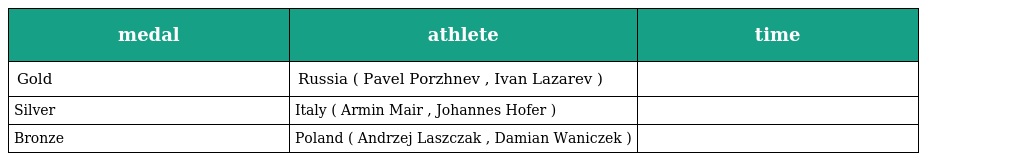
| medal | athlete | time |
 | --- | --- | --- |
 | Gold | Russia ( Pavel Porzhnev , Ivan Lazarev ) |  |
 | Silver | Italy ( Armin Mair , Johannes Hofer ) |  |
 | Bronze | Poland ( Andrzej Laszczak , Damian Waniczek ) |  |